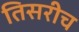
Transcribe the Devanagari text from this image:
तिसरीच